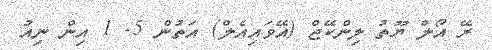
ރޭ އޯލް ޔޫތު ލިންކޭޖް (އޭވައިއެލް) އަތުން 5- 1 އިން ނިއު